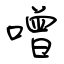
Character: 噌